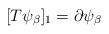
\begin{align*}[T\psi _{\beta}]_1=\partial \psi _{\beta}\end{align*}